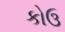
કોઉ